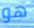
هو